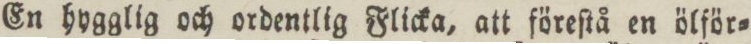
En hygglig och ordentlig Flicka, att föreſtå en ölför=